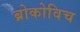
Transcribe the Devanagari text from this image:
ब्रोकोविच